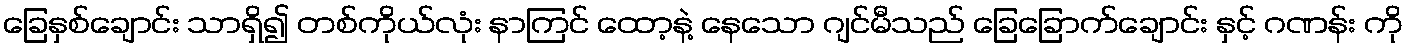
ခြေနှစ်ချောင်း သာရှိ၍ တစ်ကိုယ်လုံး နာကြင် ထော့နဲ့ နေသော ဂျင်မီသည် ခြေခြောက်ချောင်း နှင့် ဂဏန်း ကို